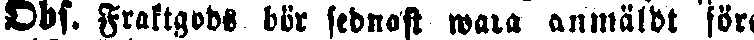
Obs. Fraktgods bör sednast wara anmäldt före